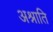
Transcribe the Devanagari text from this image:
अश्नाति